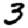
Digit: 3